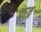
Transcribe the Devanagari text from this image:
फत्र